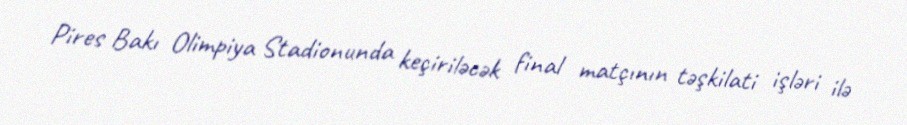
Pires Bakı Olimpiya Stadionunda keçiriləcək final matçının təşkilati işləri ilə